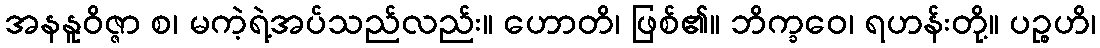
အနနူဝိဇ္ဇာ စ၊ မကဲ့ရဲ့အပ်သည်လည်း။ ဟောတိ၊ ဖြစ်၏။ ဘိက္ခဝေ၊ ရဟန်းတို့။ ပဉ္စဟိ၊